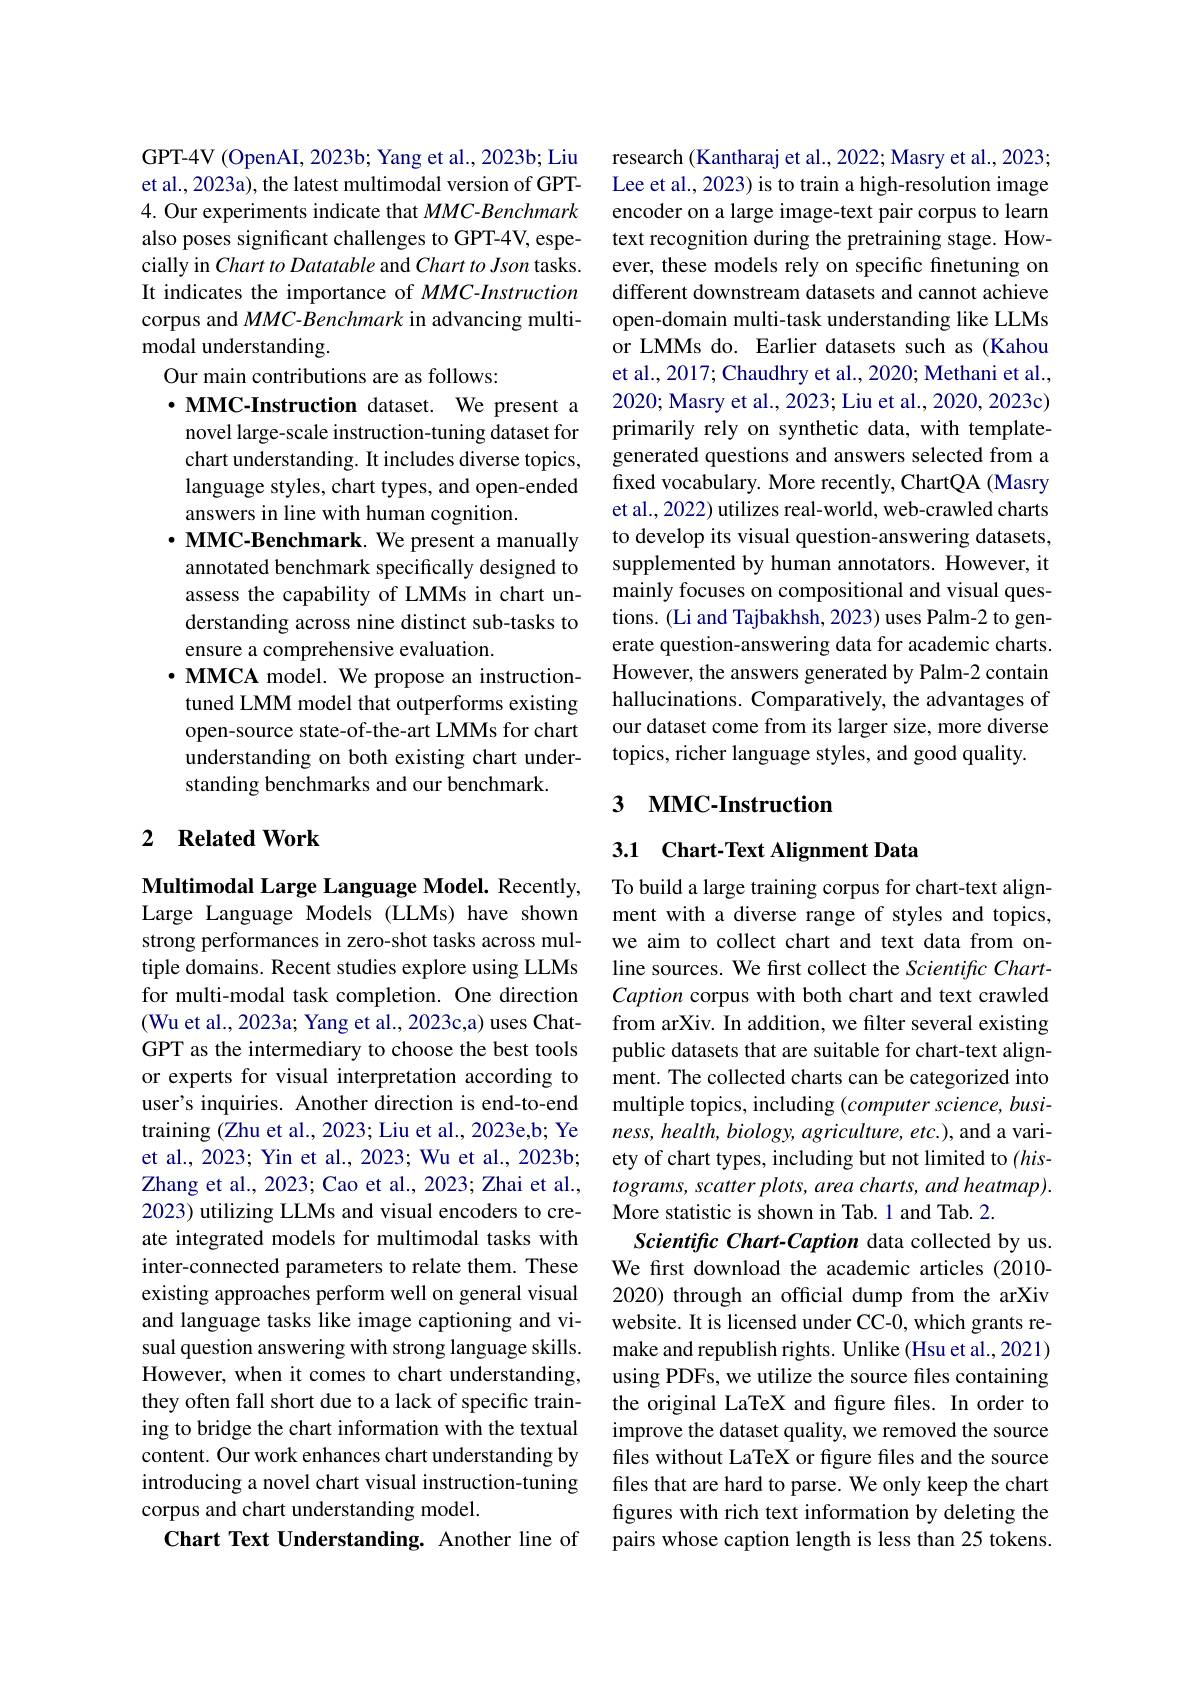
GPT-4V (OpenAI, 2023b; Yang et al., 2023b; Liu et al., 2023a), the latest multimodal version of GPT- 4. Our experiments indicate that $MMC-Benchmark$ also poses significant challenges to GPT-4V, especially in Chart to Datatable and Chart to Json tasks. It indicates the importance of $MMC-Instruction$ corpus and MMC-Benchmark in advancing multimodal understanding.

Our main contributions are as follows:
$\cdot \textbf{MMC- Instruction dataset. We present a}$ novel large-scale instruction-tuning dataset for chart understanding. It includes diverse topics, language styles, chart types, and open-ended answers in line with human cognition.
$\cdot \textbf{MMC- Benchmark. We present a manually}$ annotated benchmark specifically designed to assess the capability of LMMs in chart understanding across nine distinct sub-tasks to ensure a comprehensive evaluation.
$\cdot$ MMCA model. We propose an instructiontuned LMM model that outperforms existing open-source state-of-the-art LMMs for chart understanding on both existing chart understanding benchmarks and our benchmark.

## 2 Related Work

Multimodal Large Language Model. Recently, Large Language Models (LLMs) have shown strong performances in zero-shot tasks across multiple domains. Recent studies explore using LLMs for multi-modal task completion. One direction (Wu et al., 2023a; Yang et al., 2023c,a) uses ChatGPT as the intermediary to choose the best tools or experts for visual interpretation according to user's inquiries. Another direction is end-to-end training (Zhu et al., 2023; Liu et al., 2023e,b; Ye et al., 2023; Yin et al., 2023; Wu et al., 2023b; Zhang et al., 2023; Cao et al., 2023; Zhai et al., 2023) utilizing LLMs and visual encoders to create integrated models for multimodal tasks with inter-connected parameters to relate them. These existing approaches perform well on general visual and language tasks like image captioning and visual question answering with strong language skills. However, when it comes to chart understanding, they often fall short due to a lack of specific training to bridge the chart information with the textual content. Our work enhances chart understanding by introducing a novel chart visual instruction-tuning corpus and chart understanding model.
Chart Text Understanding. Another line of

research (Kantharaj et al., 2022; Masry et al., 2023; Lee et al., 2023) is to train a high-resolution image encoder on a large image-text pair corpus to learn text recognition during the pretraining stage. However, these models rely on specific finetuning on different downstream datasets and cannot achieve open-domain multi-task understanding like LLMs or LMMs do. Earlier datasets such as (Kahou et al., 2017; Chaudhry et al., 2020; Methani et al., 2020; Masry et al., 2023; Liu et al., 2020, 2023c) primarily rely on synthetic data, with templategenerated questions and answers selected from a fixed vocabulary. More recently, ChartQA (Masry et al., 2022) utilizes real-world, web-crawled charts to develop its visual question-answering datasets, supplemented by human annotators. However, it mainly focuses on compositional and visual questions. (Li and Tajbakhsh, 2023) uses Palm-2 to generate question-answering data for academic charts. However, the answers generated by Palm-2 contain hallucinations. Comparatively, the advantages of our dataset come from its larger size, more diverse topics, richer language styles, and good quality.

## 3 MMC-Instruction

3.1 Chart-Text Alignment Data

To build a large training corpus for chart-text alignment with a diverse range of styles and topics, we aim to collect chart and text data from online sources. We first collect the Scientific ChartCaption corpus with both chart and text crawled from arXiv. In addition, we filter several existing public datasets that are suitable for chart-text alignment. The collected charts can be categorized into multiple topics, including (computer science, busi- $ness,health,biology,agriculture,etc.)$,and a variety of chart types, including but not limited to $(his-$ $tograms,scatterplots,areacharts,andheatmap).$ More statistic is shown in Tab.1 and Tab.2.
Scientific Chart-Caption data collected by us. We frst download the academic articles (2010- 2020) through an official dump from the arXiv website. It is licensed under CC-0, which grants remake and republish rights. Unlike (Hsu et al., 2021) using PDFs, we utilize the source files containing the original LaTeX and figure files. In order to improve the dataset quality, we removed the source files without LaTeX or figure files and the source files that are hard to parse. We only keep the chart figures with rich text information by deleting the pairs whose caption length is less than 25 tokens.